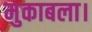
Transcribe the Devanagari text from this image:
मुकाबला।